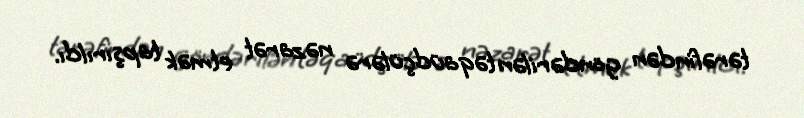
tərəfindən göndərilən təqaüdçülərə nəzarət etmək tapşırıldı.